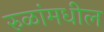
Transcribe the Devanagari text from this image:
रुळांमधील